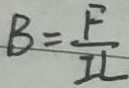
B = \frac { F } { I I }